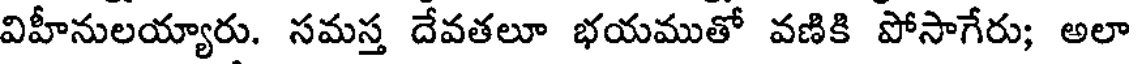
విహీనులయ్యారు. సమస్త దేవతలూ భయముతో వణికి పోసాగేరు; అలా